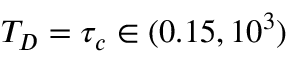
T _ { D } = \tau _ { c } \in ( 0 . 1 5 , 1 0 ^ { 3 } )